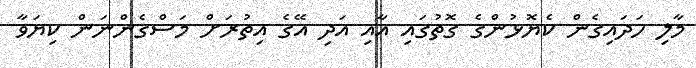
މާލި ހަދައިގެން ކެޔޮޅުންގެ ގޮތުގައި އާއި އަދި އޭގެ އިތުރަށް މަސްގެންނަން ކިޔަވާ